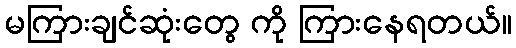
မကြားချင်ဆုံးတွေ ကို ကြားနေရတယ်။